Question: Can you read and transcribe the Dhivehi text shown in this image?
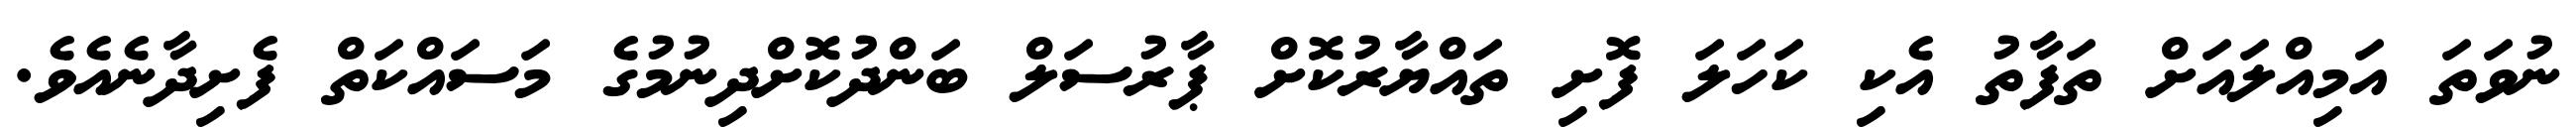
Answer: ނުވަތަ އަމިއްލައަށް ތަފާތު އެކި ކަހަލަ ފޮށި ތައްޔާރުކޮށް ޕާރުސަލް ބަންދުކޮށްދިނުމުގެ މަސައްކަތް ފެށިދާނެއެވެ.